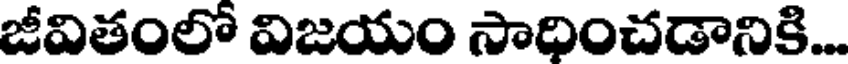
జీవితంలో విజయం సాధించడానికి...